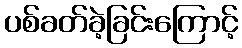
ပစ်ခတ်ခဲ့ခြင်းကြောင့်